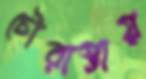
চৌরাস্তায়